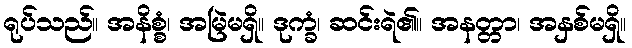
ရုပ်သည်။ အနိစ္စံ၊ အမြဲမရှိ။ ဒုက္ခံ၊ ဆင်းရဲ၏။ အနတ္တာ၊ အနှစ်မရှိ။